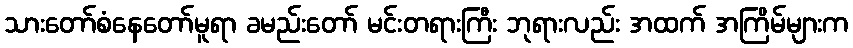
သားတော်စံနေတော်မူရာ ခမည်းတော် မင်းတရားကြီး ဘုရားလည်း အထက် အကြိမ်များက